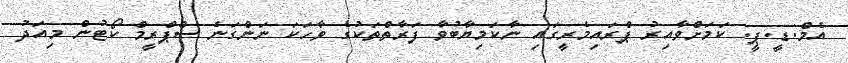
އެމް.ޑީ.ޕީ. ކަމަށްވާއިރު ޕްރައިމެރީގައި ނާކަމިޔާބުވާ ފަރާތްތަކުގެ ވާހަކަ ނަންގަނެ ސްޕްރީމް ކޯޓުން މިއަދު